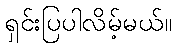
ရှင်းပြပါလိမ့်မယ်။